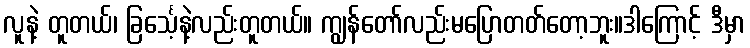
လူနဲ့ တူတယ်၊ ခြင်္သေ့နဲ့လည်းတူတယ်။ ကျွန်တော်လည်းမပြောတတ်တော့ဘူး။ဒါကြောင့် ဒီမှာ